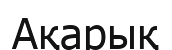
Ақарық